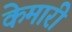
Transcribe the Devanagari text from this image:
केमारी